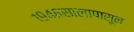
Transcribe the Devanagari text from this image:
१९४६सालापासून